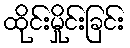
ထိုင်းမှိုင်းခြင်း